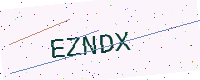
Text: EZNDX